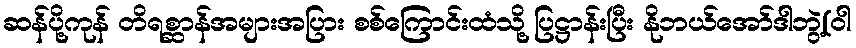
ဆန်ပို့ကုန် တိရစ္ဆာန်အများအပြား စစ်ကြောင်းထံသို့ ပြဋ္ဌာန်းပြီး နိုဘယ်အော်ဒါဘွဲ့(ဝါ